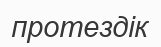
протездік